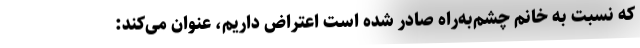
که نسبت به خانم چشم‌به‌راه صادر شده است اعتراض داریم، عنوان می‌کند: